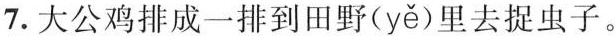
7.大公鸡排成一排到田野(yě )里去捉虫子。